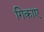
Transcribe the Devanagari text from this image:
गिकाए